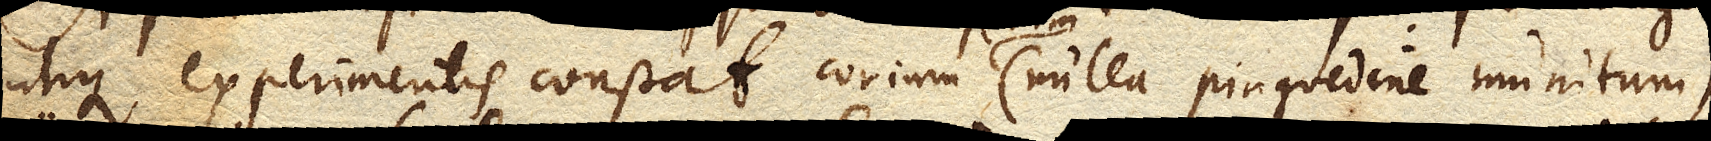
utique experimentis constat corium enim (nulla pinguedine munitum)